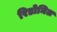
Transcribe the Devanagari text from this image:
रिडोमिल